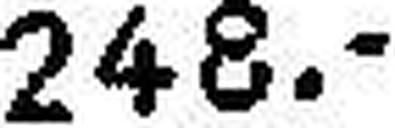
248.—